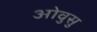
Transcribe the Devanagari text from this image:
ओवुसु